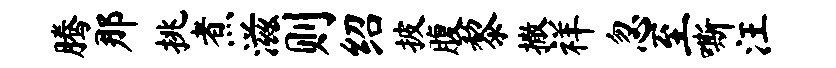
腾那挑煮滋则绍披腹黎撒祥忽至嘶汪